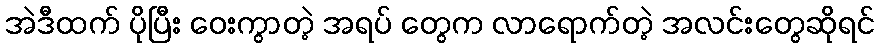
အဲဒီထက် ပိုပြီး ဝေးကွာတဲ့ အရပ် တွေက လာရောက်တဲ့ အလင်းတွေဆိုရင်